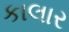
કાલાર